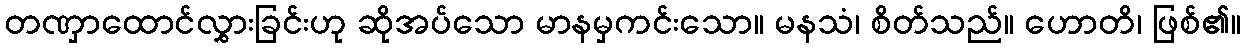
တဏှာထောင်လွှားခြင်းဟု ဆိုအပ်သော မာနမှကင်းသော။ မနသံ၊ စိတ်သည်။ ဟောတိ၊ ဖြစ်၏။